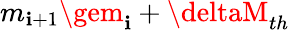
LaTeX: m_{\mathbf{i}+1}\gem_{\mathbf{i}}+\deltaM_{th}